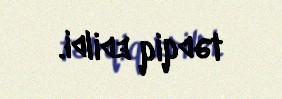
tədqiq edildi.